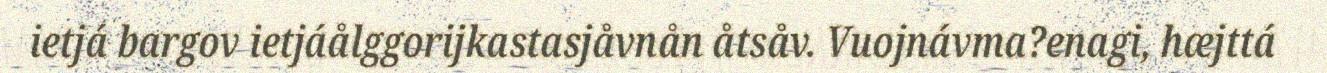
ietjá bargov ietjáålggorijkastasjåvnån åtsåv. Vuojnávma?enagi, hæjttá